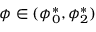
\phi \in ( \phi _ { 0 } ^ { * } , \phi _ { 2 } ^ { * } )